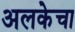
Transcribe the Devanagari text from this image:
अलकेचा